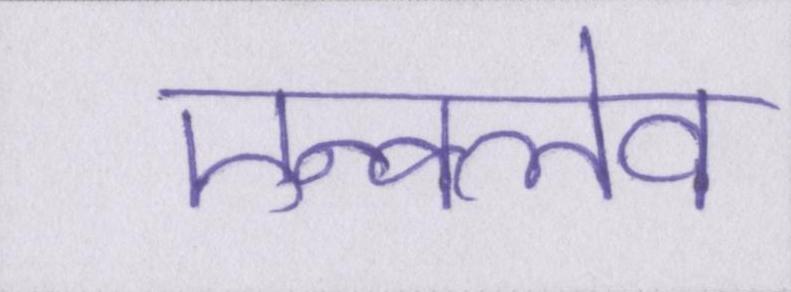
एन्क्लेव